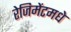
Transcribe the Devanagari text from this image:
रेजिमेंटमधे